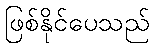
ဖြစ်နိုင်ပေသည်